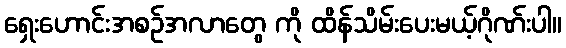
ရှေးဟောင်းအစဉ်အလာတွေ ကို ထိန်သိမ်းပေးမယ့်ဂိုဏ်းပါ။